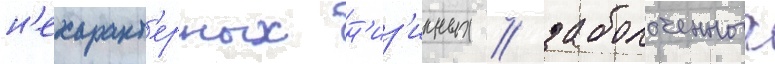
н'ехаракт'ерных н'из'инных / заболоченных